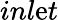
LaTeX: inl\mathrm{e}t